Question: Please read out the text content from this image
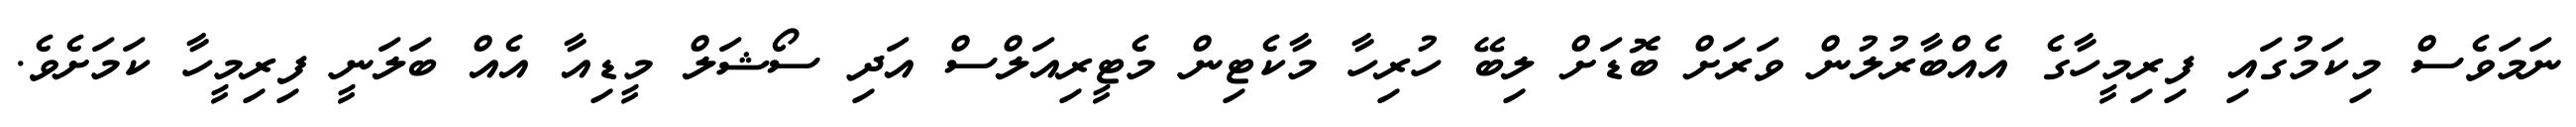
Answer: ނަމަވެސް މިކަމުގައި ފިރިމީހާގެ އެއްބާރުލުން ވަރަށް ބޮޑަށް ލިބޭ ހުރިހާ މާކެޓިން މެޓީރިއަލްސް އަދި ސޯޝަލް މީޑިއާ އެއް ބަލަނީ ފިރިމީހާ ކަމަށެވެ.